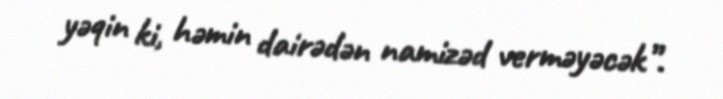
yəqin ki, həmin dairədən namizəd verməyəcək”.